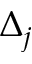
\Delta _ { j }